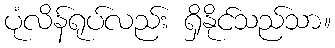
ပုံလိန်ရုပ်လည်း ရှိနိုင်သည်သာ။